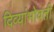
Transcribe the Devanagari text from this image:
दिव्यांभोवती